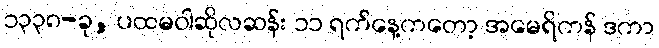
၁၃၃၈-ခု, ပထမဝါဆိုလဆန်း ၁၁ ရက်နေ့ကတော့ အမေရိကန် ဒကာ